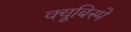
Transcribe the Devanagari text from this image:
क्यूबिस्मे